画像に写った文字を読んでください
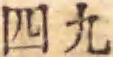
「四九」と書いてあります